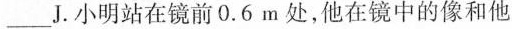
___J。小明站在镜前 0 . 6 m 处，他在镜中的像和他